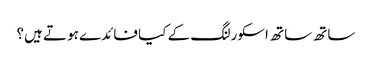
ساتھ ساتھ اسکورلنگ کے کیا فائدے ہوتے ہیں؟